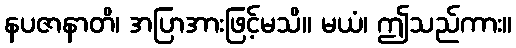
နပဇာနာတိ၊ အပြာအားဖြင့်မသိ။ မယံ၊ ဤသည်ကား။